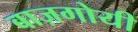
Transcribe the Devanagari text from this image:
बाज़गोयी